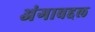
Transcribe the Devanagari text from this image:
अंगाबद्दल